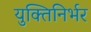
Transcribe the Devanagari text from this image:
युक्तिनिर्भर